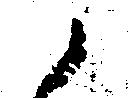
候